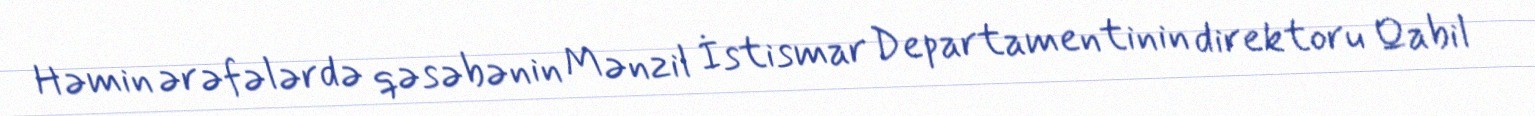
Həmin ərəfələrdə qəsəbənin Mənzil İstismar Departamentinin direktoru Qabil